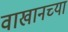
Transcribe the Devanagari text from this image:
वाखानच्या